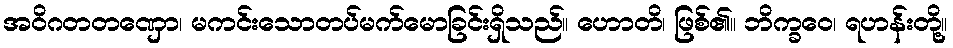
အဝိဂတတဏှော၊ မကင်းသောတပ်မက်မောခြင်းရှိသည်။ ဟောတိ၊ ဖြစ်၏။ ဘိက္ခဝေ၊ ရဟန်းတို့။